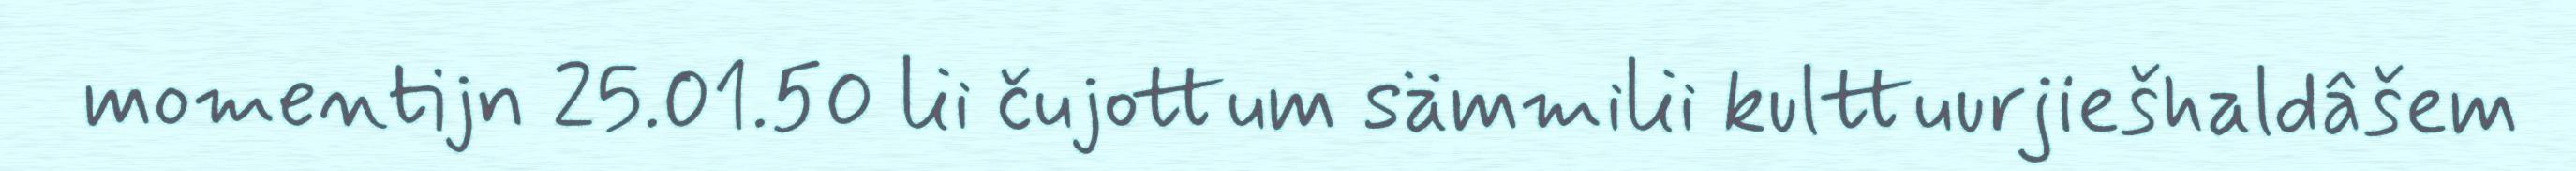
momentijn 25.01.50 lii čujottum sämmilii kulttuurjiešhaldâšem